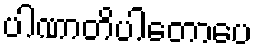
ပါဏာတိပါတောပေ